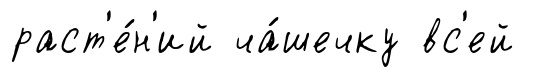
раст'е́н'ий ча́шечку вс'ей